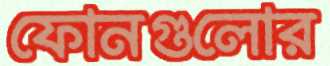
ফোনগুলোর